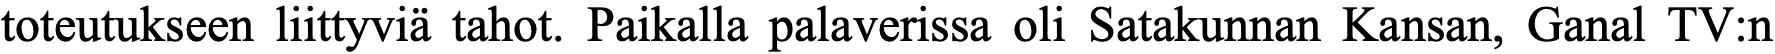
toteutukseen liittyviä tahot. Paikalla palaverissa oli Satakunnan Kansan, Ganal TV:n